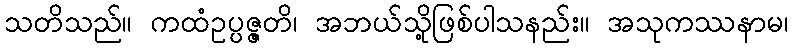
သတိသည်။ ကထံဥပ္ပဇ္ဇတိ၊ အဘယ်သို့ဖြစ်ပါသနည်း။ အသုကဿနာမ၊